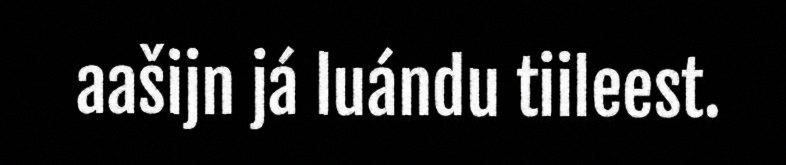
aašijn já luándu tiileest.